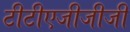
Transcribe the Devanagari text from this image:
टीटीएजीजीजी